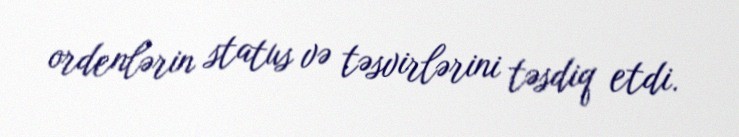
ordenlərin status və təsvirlərini təsdiq etdi.